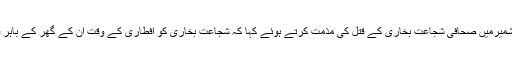
تفصیلات کے مطابق ترجمان دفتر خارجہ ڈاکٹر محمد فیصل نے مقبوضہ کشمیرمیں صحافی شجاعت بخاری کے قتل کی مذمت کرتے ہوئے کہا کہ شجاعت بخاری کو افطاری کے وقت ان کے گھر کے باہر قتل کیا گیا، بھارت کی جانب سے اس طرح کے مظالم کا کوئی جواب نہیں۔